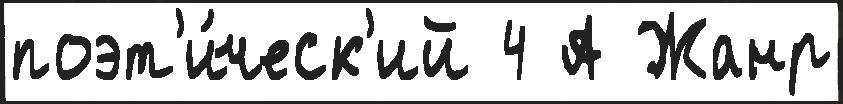
поэт'и́ческ'ий 4 А Жанр